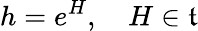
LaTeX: h=e^{H},\quad H\in{\mathfrak{t}}